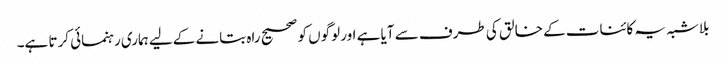
بلاشبہ یہ کائنات کے خالق کی طرف سے آیا ہے اور لوگوں کو صحیح راہ بتانے کےلیے ہماری رہنمائی کرتا ہے۔